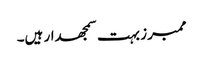
ممبرز بہت سمجھدار ہیں۔